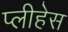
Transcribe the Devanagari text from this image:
प्लीहेस